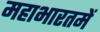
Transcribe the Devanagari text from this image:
महाभारतमें